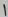
Text: 1